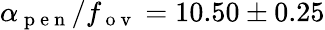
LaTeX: \alpha_{\mathrm{~p~e~n~}}/f_{\mathrm{~o~v~}}=10.50\pm 0.25